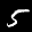
Label: 5